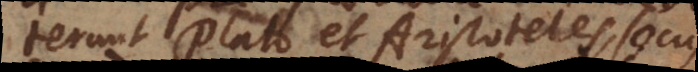
rterunt Plato et Aristoteles, secus